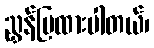
ညွှန်ပြထားပါတယ်၊